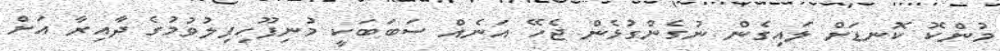
މުންކޮ ކޮނޑަށް ލައިގެން ނުގެންގުޅެން ޖެހޭ އަނެއް ސަބަބަކީ މުނިފޫހިފިލުވުމުގެ ދާއިރާ އަށް